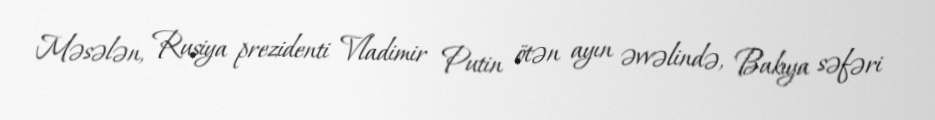
Məsələn, Rusiya prezidenti Vladimir Putin ötən ayın əvvəlində, Bakıya səfəri